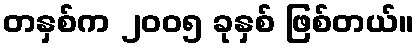
တနှစ်က ၂၀၀၅ ခုနှစ် ဖြစ်တယ်။